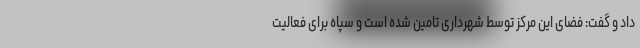
داد و گفت: فضای این مرکز توسط شهرداری تامین شده است و سپاه برای فعالیت